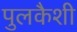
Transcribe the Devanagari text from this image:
पुलकैशी